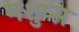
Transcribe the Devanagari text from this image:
मशुप्स